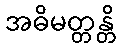
အဓိမတ္တန္တိ